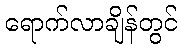
ရောက်လာချိန်တွင်